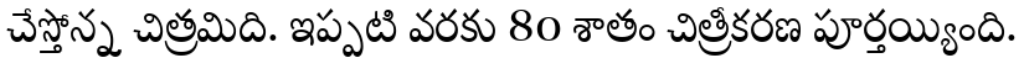
చేస్తోన్న చిత్రమిది. ఇప్పటి వరకు 80 శాతం చిత్రీకరణ పూర్తయ్యింది.